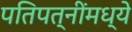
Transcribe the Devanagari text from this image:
पतिपत्‍नींमध्ये